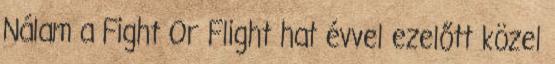
Nálam a Fight Or Flight hat évvel ezelőtt közel